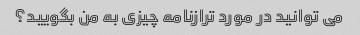
می توانید در مورد ترازنامه چیزی به من بگویید؟